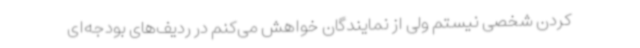
کردن شخصی نیستم ولی از نمایندگان خواهش می‌کنم در ردیف‌های بودجه‌ای